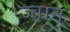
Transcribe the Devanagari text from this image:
ज्वान